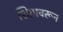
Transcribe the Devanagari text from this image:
शितावरून